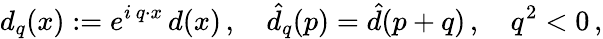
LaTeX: d_{q}(x):=e^{i\, q\cdot x}\, d(x)\, ,\quad\hat{d}_{q}(p)=\hat{d}(p+q)\, ,\quad q^{2}<0\, ,